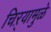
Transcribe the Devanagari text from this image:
चिऱ्यामुळे